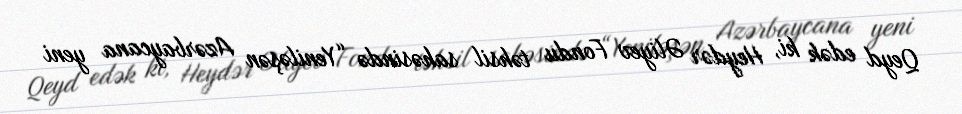
Qeyd edək ki, Heydər Əliyev Fondu təhsil sahəsində “Yeniləşən Azərbaycana yeni